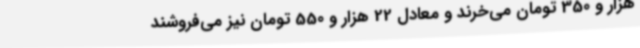
هزار و 350 تومان می‌خرند و معادل 22 هزار و 550 تومان نیز می‌فروشند